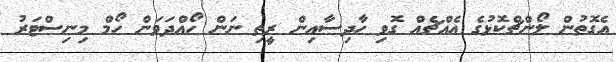
އެގޮތުން ލޯންޗްކޮޅުގެ އެއްޗެއް ގޮވި ހާދިސާއިން ރީތި ނަން ހޯއްދަވަން ހޯމް މިނިސްޓަރު